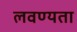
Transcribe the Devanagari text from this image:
लवण्यता